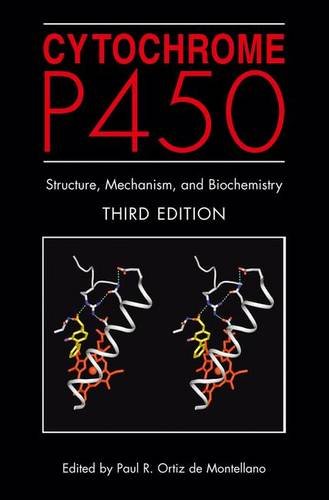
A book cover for Cytochrome P450: Structure, Mechanism, and Biochemistry; Medical Books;